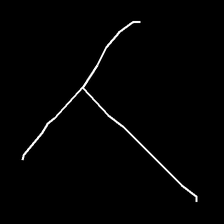
Glyph: column